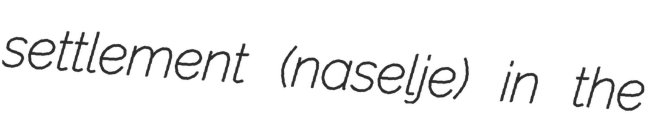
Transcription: settlement (naselje) in the